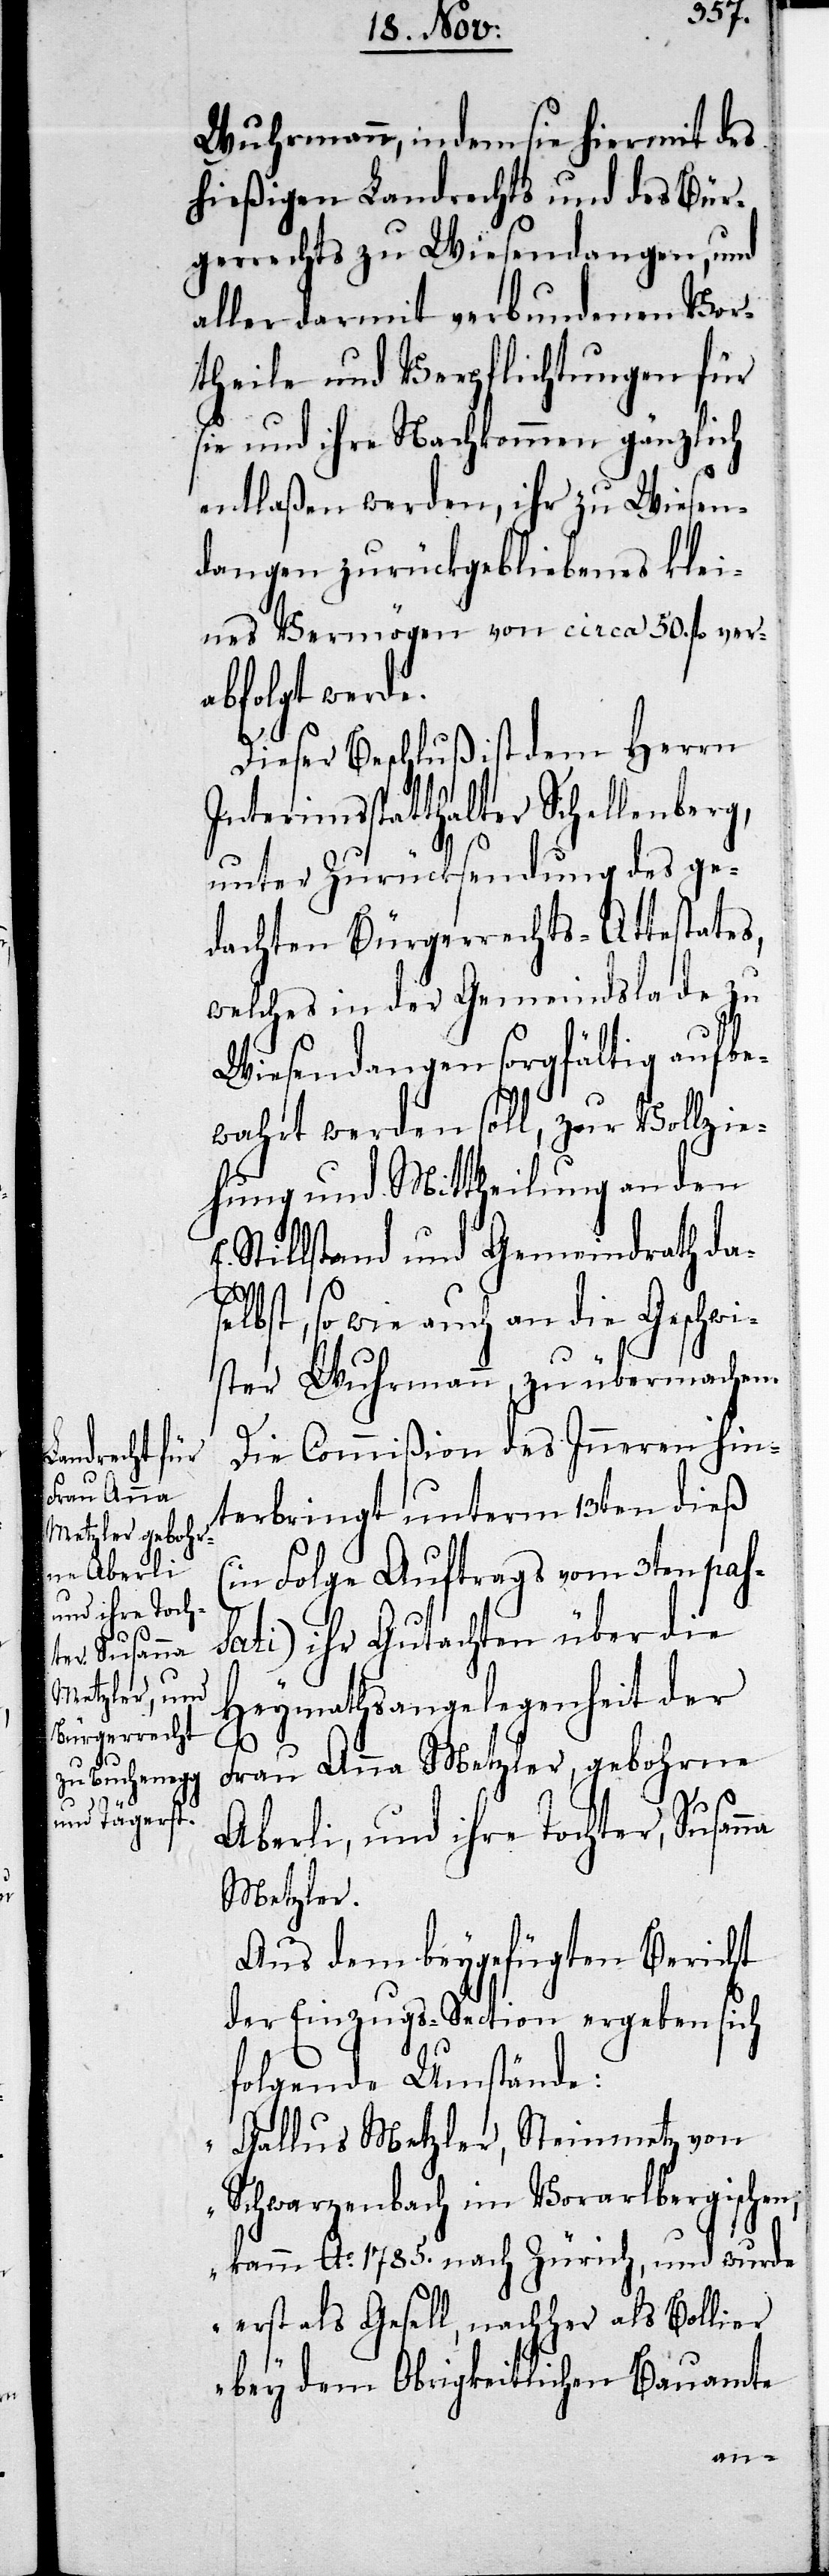
Frau Anna
Metzler, geboh¬
rne Aberli,
und ihre Toch¬
ter, Susanna

Wuhrmann, indem sie hiermit des
hießigen Landrechts und des Bür¬
E.
gerrechts zu Wiesendangen, und
aller darmit verbundenen Vor¬
theile und Verpflichtungen für
sie und ihre Nachkommen gänzlich
entlaßen werden, ihr zu Wiesen¬
dangen zurückgebliebenes klei¬
nes Vermögen von circa 50. fl. ver¬
abfolgt werde.
Dieser Beschluß ist dem Herrn
Interimsstatthalter Schellenberg,
unter Zurücksendung des ge¬
dachten Bürgerrechts-Attestates,
welches in der Gemeindslade zu
Wiesendangen sorgfältig aufbe¬
wahrt werden soll, zur Vollzie¬
hung und Mittheilung an den
Stillstand und Gemeindrath das¬
elbst, sowie auch an die Geschwi¬
ster Wuhrmann zu übermachen.
Die Commißion des Inneren hin¬
terbringt unterm 13ten dieß
(in Folge Auftrags vom 3ten pas¬
sati) ihr Gutachten über die
Heymathsangelegenheit der
Metzler.
Aus dem beygefügten Bericht
der Einzugs-Section ergeben sich
folgende Umstände:
„Gallus Metzler, Steinmetz von
Schwarzenbach im Vorarlbergischen,
Ao. 1785. nach Zürich, und wurde
erst als Gesell, nachher als Bollier
bey dem Obrigkeitlichen Bauamte